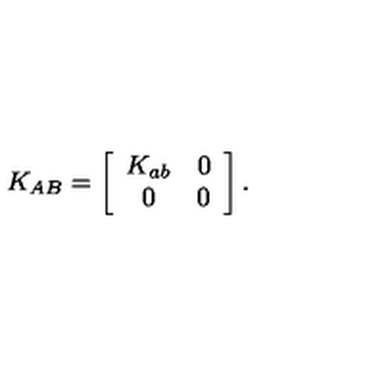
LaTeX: K _ { A B } = \left[ \begin{array} { c c } { K _ { a b } } & { 0 } \\ { 0 } & { 0 } \\ \end{array} \right] .